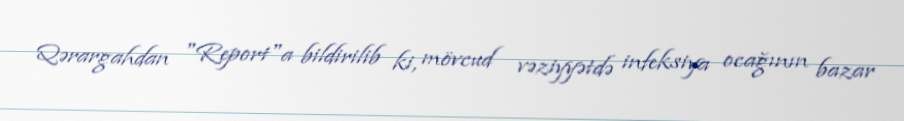
Qərargahdan "Report"a bildirilib ki, mövcud vəziyyətdə infeksiya ocağının bazar